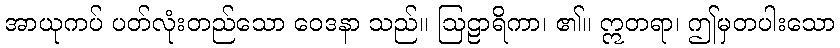
အာယုကပ် ပတ်လုံးတည်သော ဝေဒနာ သည်။ ဩဠာရိကာ၊ ၏။ ဣတရာ၊ ဤမှတပါးသော